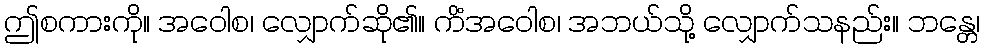
ဤစကားကို။ အဝေါစ၊ လျှောက်ဆို၏။ ကိံအဝေါစ၊ အဘယ်သို့ လျှောက်သနည်း။ ဘန္တေ၊